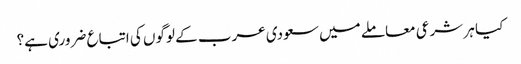
کیا ہر شرعی معاملے میں سعودی عرب کے لوگوں کی اتباع ضروری ہے؟